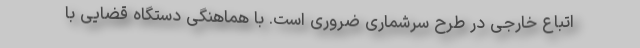
اتباع خارجی در طرح سرشماری ضروری است. با هماهنگی دستگاه قضایی با